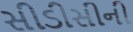
સીડીસીની